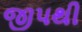
જીપથી